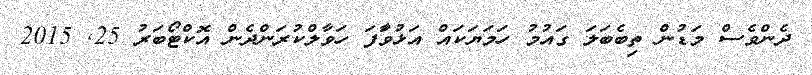
ދެންވެސް މަޑުން ތިބެބަލަ ގައުމު ހަމަޔަކައް އަޅުވަާފަ ހަވާލްކުރަންދެން އޮކްޓޯބަރު 25